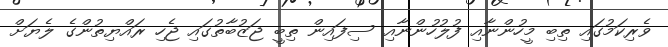
ވެރިކަމުގައި ތިބި މީހުންނާއި ފުލުހުންނާއި ސިފައިން ތިބީ ޖަޒުބާތުގައި ޖެހި ރައްޔިތުންގެ ލެޔަށް